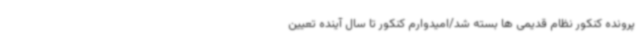
پرونده کنکور نظام قدیمی ها بسته شد/امیدوارم کنکور تا سال آینده تعیین